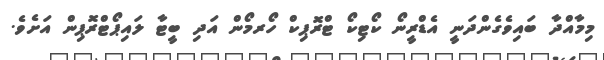
މިމާއްދާ ބައިވެގެންދަނީ އެޑްރީނޯ ކޯޓިކޯ ޓްރޮޕިކް ހޯރމޯން އަދި ބީޓާ ލައިޕޯޓްރޮޕިން އަށެވެ.